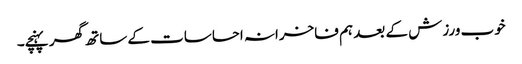
خوب ورزش کے بعد ہم فاخرانہ احساسات کے ساتھ گھر پہنچے۔